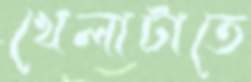
খেলাটাতে